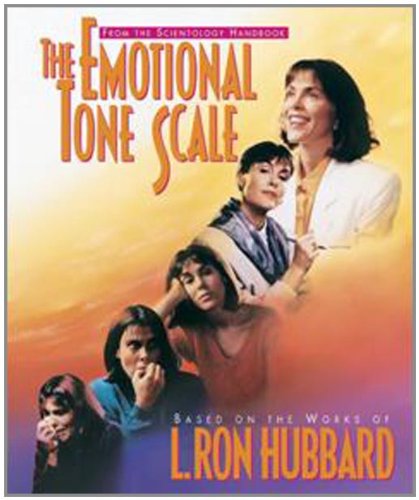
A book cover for The Emotional Tone Scale; L. Ron Hubbard; Religion & Spirituality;